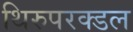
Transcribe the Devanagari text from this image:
थिरुपरक्डल